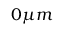
{ 0 } { \mu m }